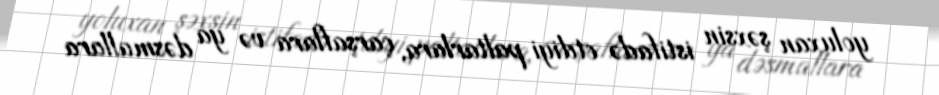
yoluxan şəxsin istifadə etdiyi paltarlara, çarşaflara və ya dəsmallara